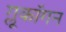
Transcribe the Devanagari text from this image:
ग्लूकॉगन